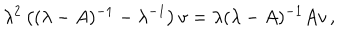
LaTeX: \lambda ^ { 2 } \left( ( \lambda - A ) ^ { - 1 } - \lambda ^ { - 1 } \right) v = \lambda ( \lambda - A ) ^ { - 1 } A v \, ,